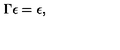
\Gamma \epsilon = \epsilon ,